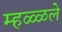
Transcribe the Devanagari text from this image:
म्हळ्ळले